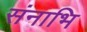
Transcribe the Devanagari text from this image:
संनाभि